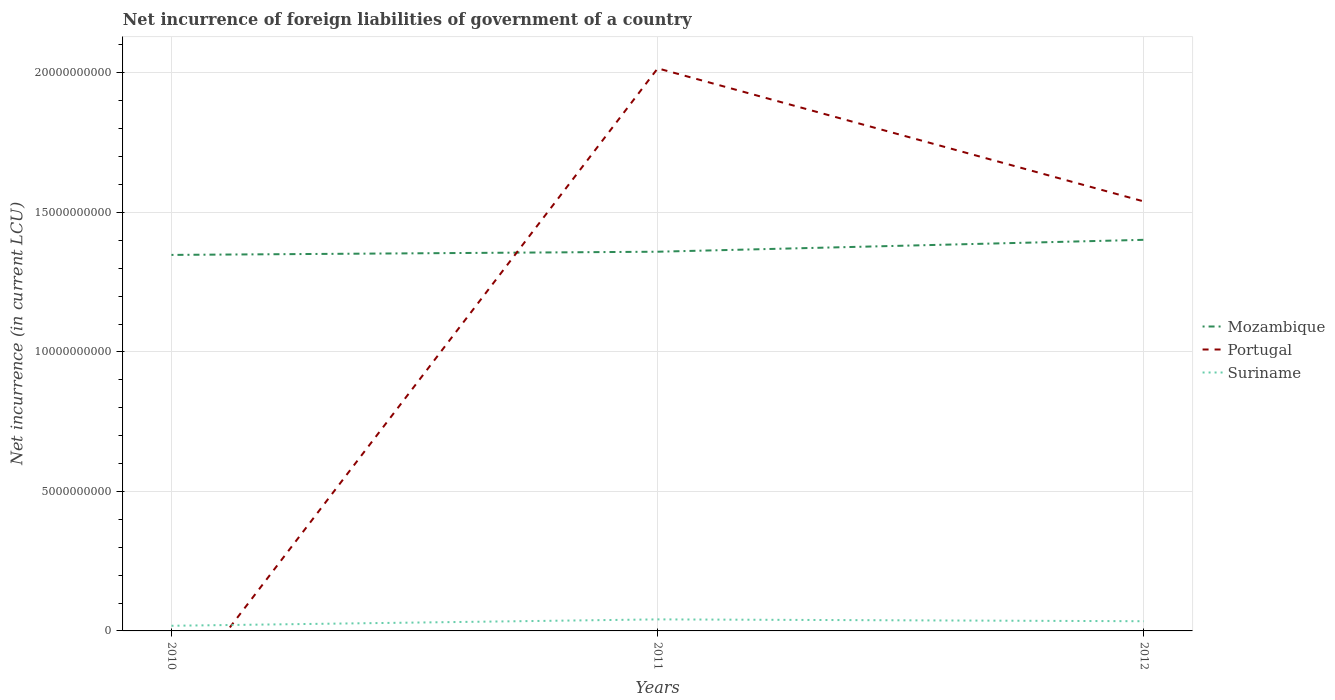
| Years | Mozambique | Portugal | Suriname |
 | --- | --- | --- | --- |
 | 2010 | 1.35e+10 | -2.61e+09 | 1.84e+08 |
 | 2011 | 1.36e+10 | 2.02e+10 | 4.14e+08 |
 | 2012 | 1.4e+10 | 1.54e+10 | 3.48e+08 |